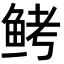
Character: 鲓